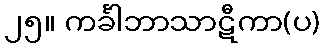
၂၅။ ကင်္ခါဘာသာဋီကာ(ပ)